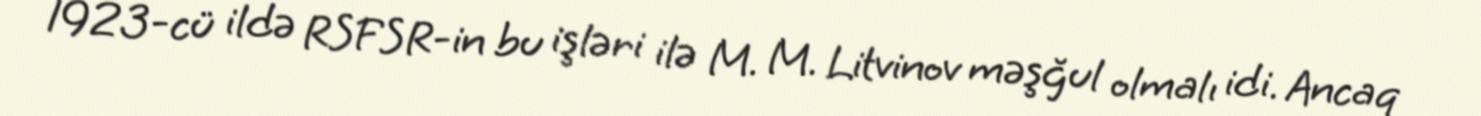
1923-cü ildə RSFSR-in bu işləri ilə M. M. Litvinov məşğul olmalı idi. Ancaq